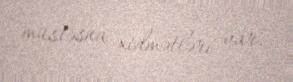
müstəsna xidmətləri var.